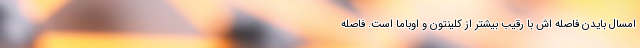
امسال بایدن فاصله اش با رقیب بیشتر از کلینتون و اوباما است. فاصله